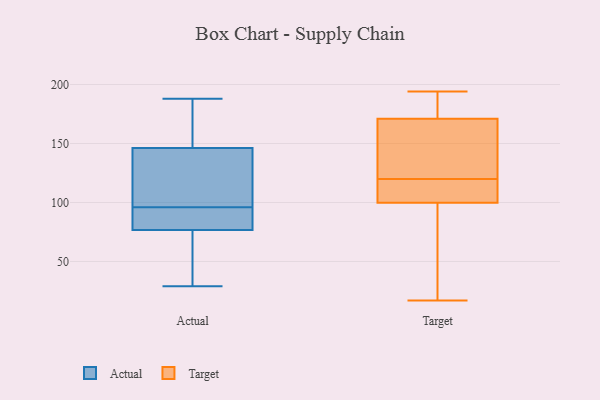
{"axis": {"x": "Page Views", "y": "Value"}, "legend": ["Actual", "Target"], "data": [{"x": "", "y": 87, "type": "Actual"}, {"x": "", "y": 155, "type": "Actual"}, {"x": "", "y": 85, "type": "Actual"}, {"x": "", "y": 171, "type": "Actual"}, {"x": "", "y": 120, "type": "Actual"}, {"x": "", "y": 74, "type": "Actual"}, {"x": "", "y": 188, "type": "Actual"}, {"x": "", "y": 63, "type": "Actual"}, {"x": "", "y": 96, "type": "Actual"}, {"x": "", "y": 29, "type": "Actual"}, {"x": "", "y": 96, "type": "Actual"}, {"x": "", "y": 179, "type": "Target"}, {"x": "", "y": 102, "type": "Target"}, {"x": "", "y": 162, "type": "Target"}, {"x": "", "y": 179, "type": "Target"}, {"x": "", "y": 99, "type": "Target"}, {"x": "", "y": 174, "type": "Target"}, {"x": "", "y": 137, "type": "Target"}, {"x": "", "y": 34, "type": "Target"}, {"x": "", "y": 151, "type": "Target"}, {"x": "", "y": 104, "type": "Target"}, {"x": "", "y": 17, "type": "Target"}, {"x": "", "y": 194, "type": "Target"}, {"x": "", "y": 120, "type": "Target"}, {"x": "", "y": 41, "type": "Target"}, {"x": "", "y": 107, "type": "Target"}]}